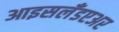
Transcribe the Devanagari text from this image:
आइसलँडएअर